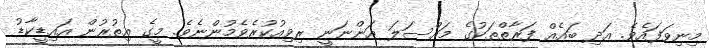
މިނިވަފައެވެ. އަދި ބައެއް ފަރާތްތަކުގެ މައްސަލަ އަންނަނީ ރިވިއުކުރެވެމުންނެވެ. މީގެ އިތުރުން އައިޑީކާޑު